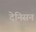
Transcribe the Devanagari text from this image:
देनिसन